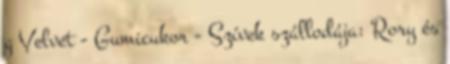
g Velvet - Gumicukor - Szívek szállodája: Rory és